Vaccination North-Western Provinces 1866-1877 - 1866-1877
Year: 1866
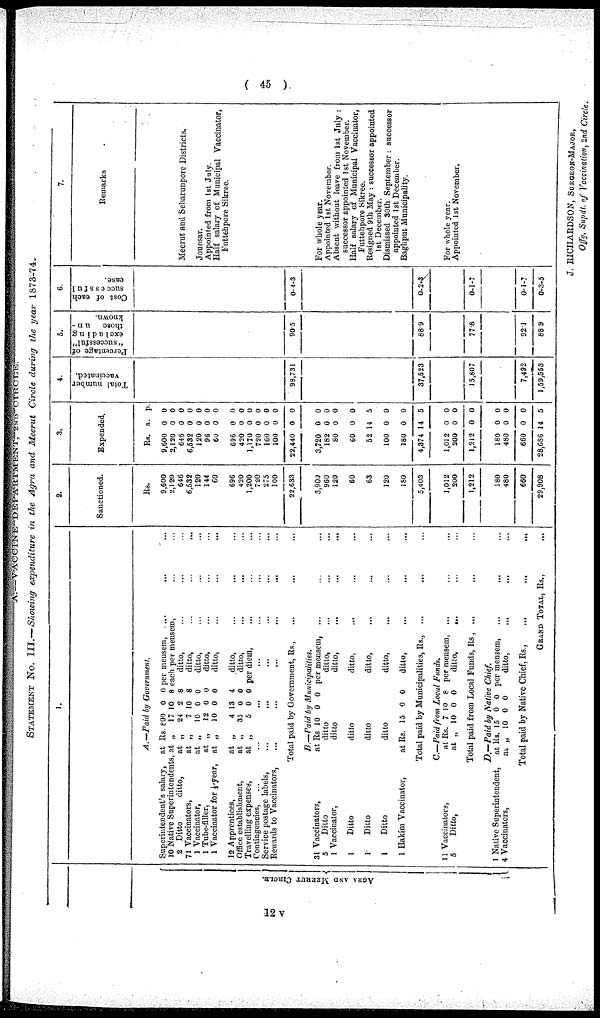
( 45 )
STATEMENT
No. III.—Showing expenditure in the Agra and Meerut Circle during the year 1873-74.
AGRA
AND MEERUT CIRCLE.
1.
A.--Paid by Government.
Superintendent's salary, at
10 Native Superintendents, at
2 Ditto
ditto,
at
71 Vaccinators,
at
1 Vaccinator,
at
1 Tube-filler,
at
1 Vaccinator for ½,year, at
12 Apprentices,
at
Office establishment,
at
Travelling expenses,
at
Rs.
„
„
„
„
„
„
„
„
„
800
17
24
7
10
12
10
4
35
5
0
10
2
10
0
0
0
13
0
0
0 per mensem, ... ... ...
8 each per mensem, ... ... ...
8
ditto, ... ... ...
8
ditto,
...
...
...
0
ditto, ... ... ...
0
ditto, ... ... ...
0
ditto, ... ... ...
4
ditto,
...
...
...
0
ditto,
...
...
...
0 per diem, ... ... ...
Contingencies, ... ... ... ... ... ...
Service postage labels, ... ... ... ... ... ...
Rewards to Vaccinators,
...
...
...
...
...
...
Total paid by Government, Rs., ... ... ...
B.—Paid by Municipalities.
31 Vaccinators,
at Rs 10 0 0 per mensem, ... ... ...
5
Ditto
ditto
ditto, ... ... ...
1 Vaccinator,
ditto
ditto, ... ... ...
1
Ditto
ditto
ditto, ... ... ...
1
Ditto
ditto
ditto, ... ... ...
1
Ditto
ditto
ditto, ... ... ...
1 Hakim Vaccinator,
at Rs. 15 0 0
ditto, ... ... ...
Total paid by Municipalities, Rs., ... ... ...
C.—Paid from Local Funds.
11 Vaccinators,
at
5
Ditto,
at
Rs.
„
7
10
10
0
8 per mensem, ... ... ...
0
ditto, ... ... ...
Total paid from Local Funds, Rs , ... ... ...
D.—Paid by Native Chief.
1 Native Superintendent,
at
4 Vaccinators,
at
Rs.
„
15
10
0
0
0 per mensem,... ... ...
0
ditto,
...
...
...
Total paid by Native Chief, Rs.,
...
...
...
GRAND TOTAL, RS., ...
2.
Sanctioned.
Rs.
9,600
2,120
646
6,532
120
144
60
696
420
1,200
720
275
100
22,633
3,900
960
120
60
63
120
180
5,403
1,012
200
1,212
180
480
660
29,908
8.
Expended.
Rs.
9,600
2,120
646
6,532
120
96
60
696
420
1,170
720
160
100
22,440
3,720
182
80
60
52
100
180
4,374
1,012
200
1,212
180
480
660
28,686
a.
0
0
0
0
0
0
0
0
0
0
0
0
0
0
0
0
0
0
14
0
0
14
0
0
0
0
0
0
14
p.
0
0
0
0
0
0
0
0
0
0
0
0
0
0
0
0
0
0
5
0
0
5
0
0
0
0
0
0
5
4.
Total number
vaccinated.
98,731
37,523
15,807
7,492
1,59,553
5.
Percentage of
"successful"
excluding
those un -
known.
90.5
88.9
77.8
92.1
88.9
6.
Cost of each
successfu1
case.
0-4-3
0-2-3
0-1-7
0-1-7
0-3-5
7.
Remarks
Meerut and Seharunpore Districts.
Jounsar.
Appointed from 1st July.
Half salary of Municipal Vaccinator,
Futtehpore Sikree.
For whole year.
Appointed 1st November.
Absent without leave from 1st July :
successor appointed 1st November.
Half salary of Municipal Vaccinator,
Futtehpore Sikree.
Resigned 9th May : successor appointed
1st December.
Dismissed 30th September : successor
appointed 1st December.
Baghput Municipality.
For whole year.
Appointed 1st November.
12 v
J. RICHARDSON, SURGEON-MAJOR,
Of f g. Supdt. of Vaccination, 2nd Circle.